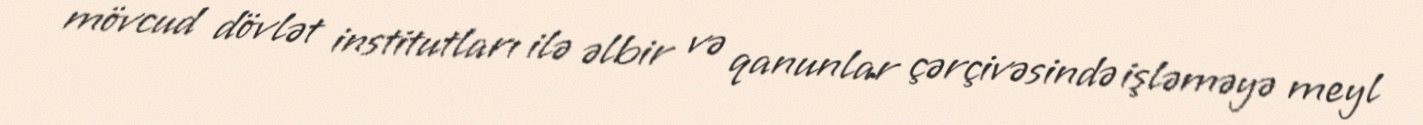
mövcud dövlət institutları ilə əlbir və qanunlar çərçivəsində işləməyə meyl